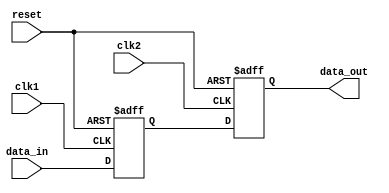
module Timing_Control_and_Synchronization_Blocks (
    input wire clk1,
    input wire clk2,
    input wire reset,
    input wire data_in,
    output reg data_out
);

reg data_buf;

always @(posedge clk1 or posedge reset) begin
    if (reset) begin
        data_buf <= 1'b0;
    end else begin
        data_buf <= data_in;
    end
end

always @(posedge clk2 or posedge reset) begin
    if (reset) begin
        data_out <= 1'b0;
    end else begin
        data_out <= data_buf;
    end
end

endmodule